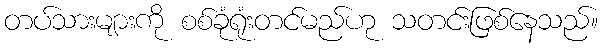
တပ်သားများကို စစ်ခုံရုံးတင်မည်ဟု သတင်းဖြစ်နေသည်။